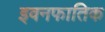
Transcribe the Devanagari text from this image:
इवनफातिक